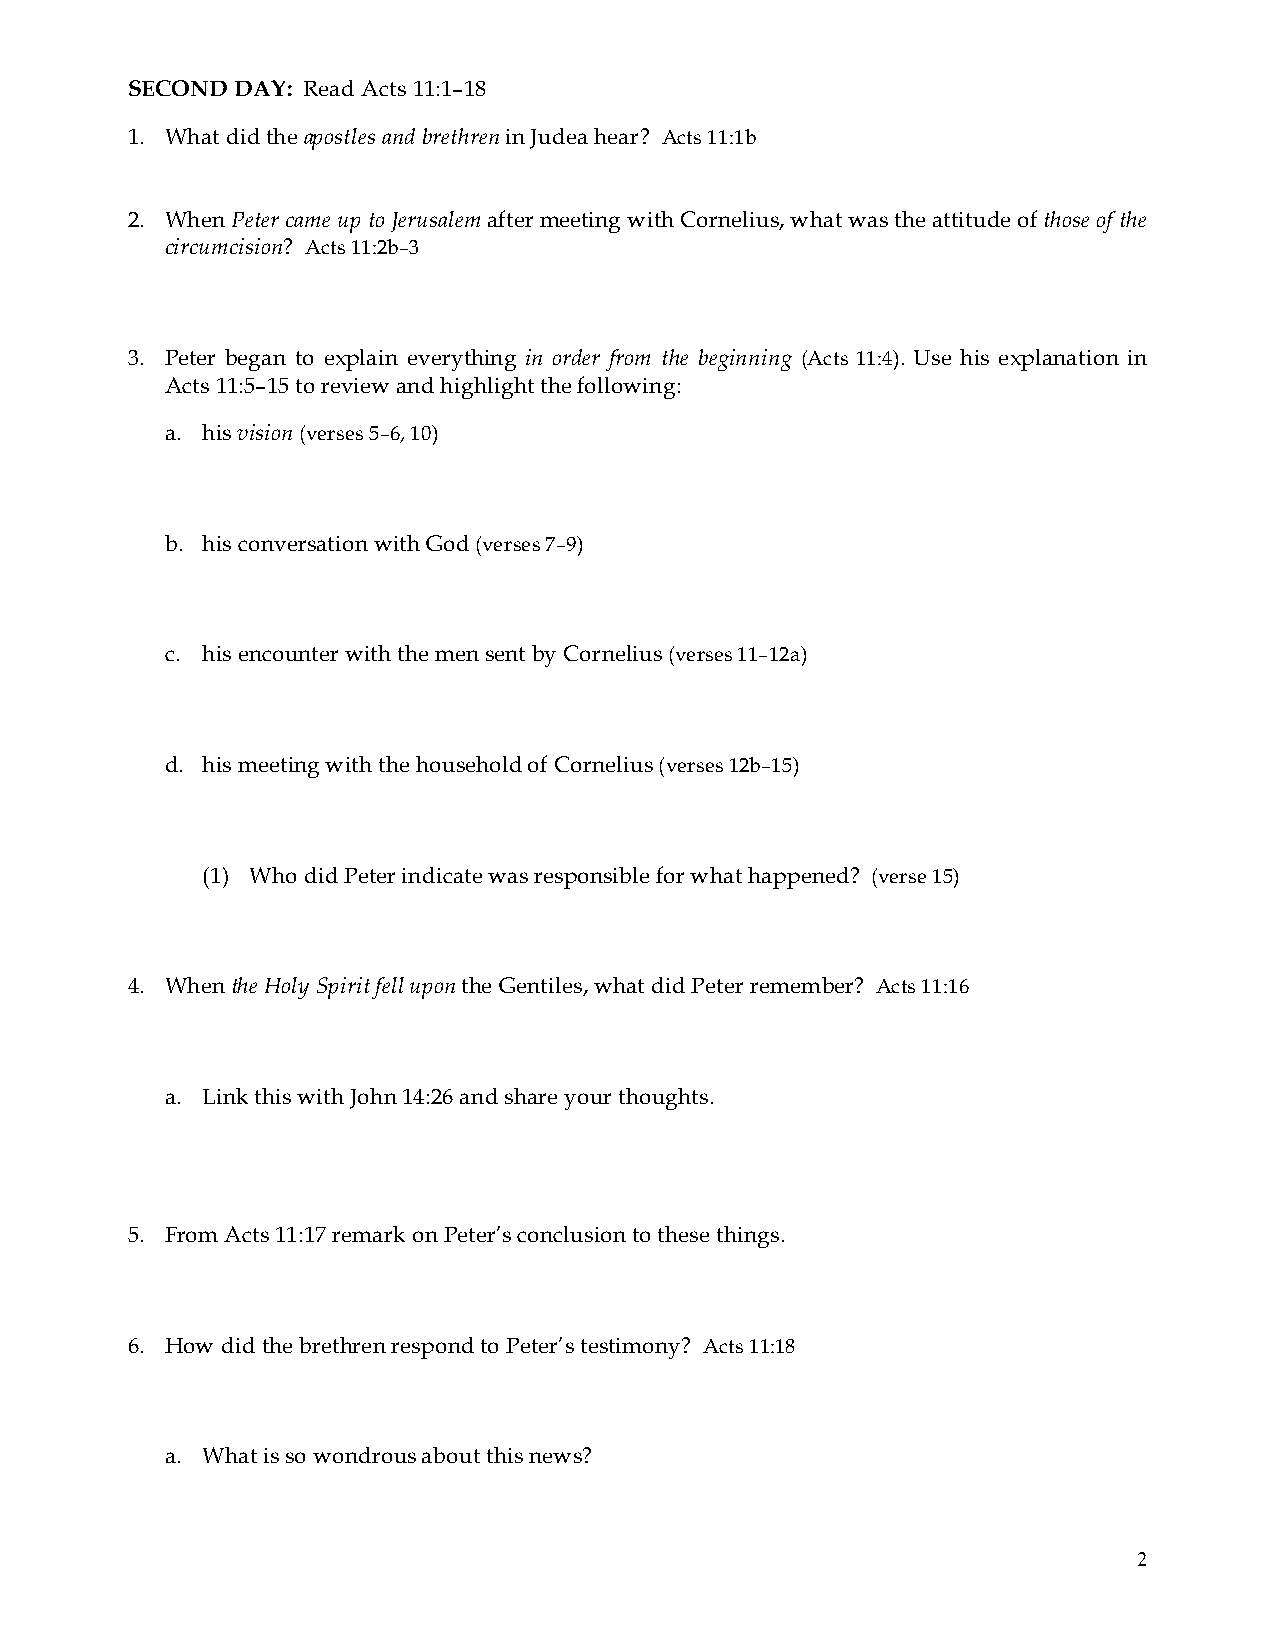
SECOND  DAY: Read Acts 11:1–18
 1. What did the apostles and brethren in Judea hear? Acts 11:1b
 2. When Peter came up to Jerusalem after meeting with Cornelius, what was the attitude of those of the
 circumcision? Acts 11:2b–3
 3. Peter began to explain everything in order from the beginning (Acts 11:4). Use his explanation in
 Acts 11:5–15 to review and highlight the following:
 a. his vision (verses 5–6, 10)
 b. his conversation with God (verses 7–9)
 c. his encounter with the men sent by Cornelius (verses 11–12a)
 d. his meeting with the household of Cornelius (verses 12b–15)
 (1) Who did Peter indicate was responsible for what happened? (verse 15)
 4. When the Holy Spirit fell upon the Gentiles, what did Peter remember? Acts 11:16
 a. Link this with John 14:26 and share your thoughts.
 5. From Acts 11:17 remark on Peter’s conclusion to these things.
 6. How did the brethren respond to Peter’s testimony? Acts 11:18
 a. What is so wondrous about this news?
 2